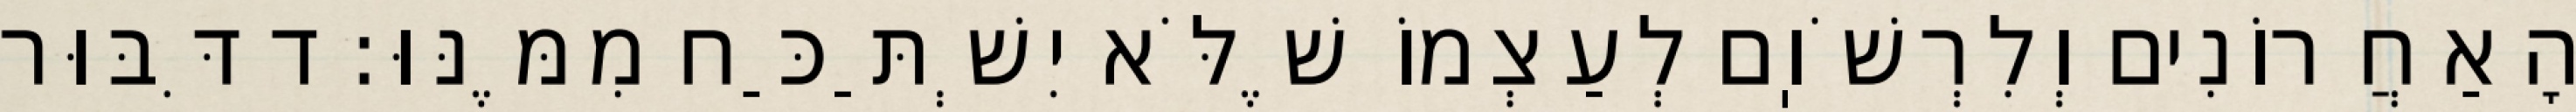
הָאַחֲרוֹנִים וְלִרְשֹׁוֽם לְעַצְמוֹ שֶׁלֹּא יִשְׁתַּכַּח מִמֶּנּוּ: ד דִּבּוּר